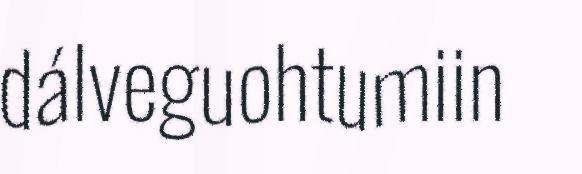
dálveguohtumiin